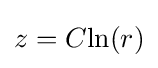
z=C\mathrm {ln} (r)